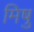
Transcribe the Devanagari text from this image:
मिषु